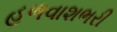
હળવાશભરી